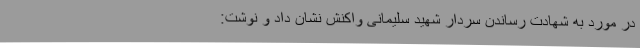
در مورد به شهادت رساندن سردار شهید سلیمانی واکنش نشان داد و نوشت: